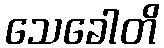
သေခေါတိ